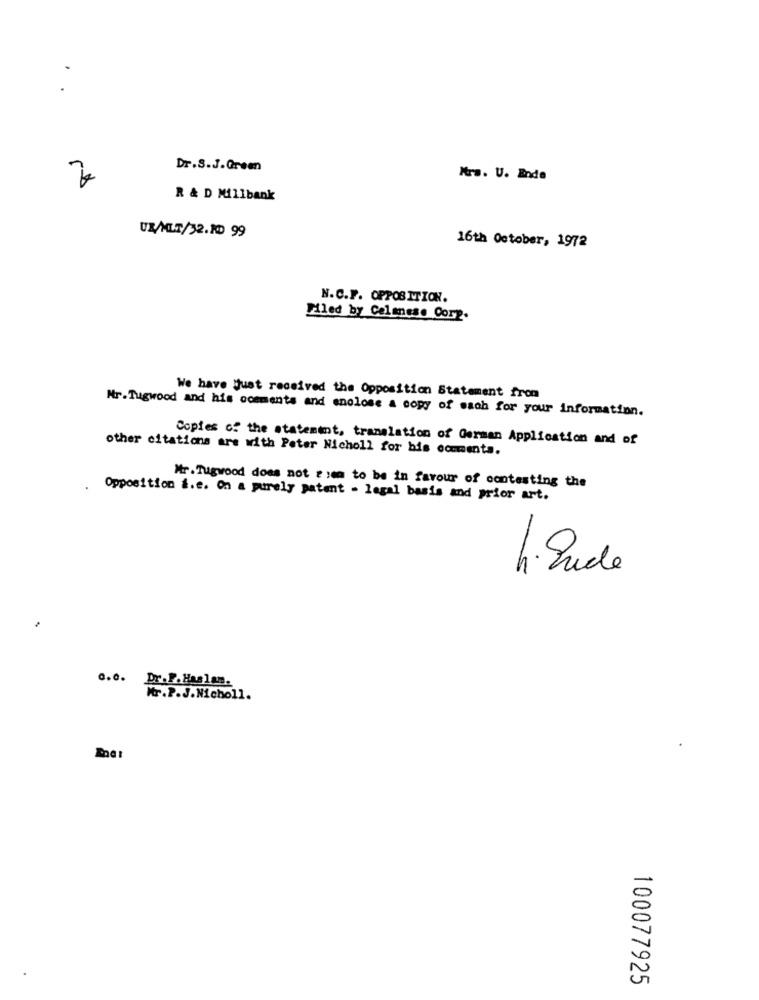
Dr.S.J.Green
Mrs. U. Ende
R & D Millbank
UZ/MLT/32.10 99
16th October, 1972
N.C.F. OPPOSITION.
Filed by Celanese Corp.
We have just received the Opposition Statement from
Nr.Tugwood and his comments and enolose a copy of wach for your information.
Copies of the statement, translation of German Application and of
other citations are with Peter Nicholl for bis commenta.
Mr. Tugwood does not e sem to be in favour of contesting the
Opposition &.e. On a purely patent - legal basis and prior art.
5
G.O.
Dr. P. Has lam.
Mr.P.J.Nicholl.
100077925